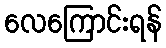
လေကြောင်းရန်